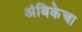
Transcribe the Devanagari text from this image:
अंबिकेचा